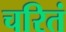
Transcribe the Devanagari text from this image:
चरितं